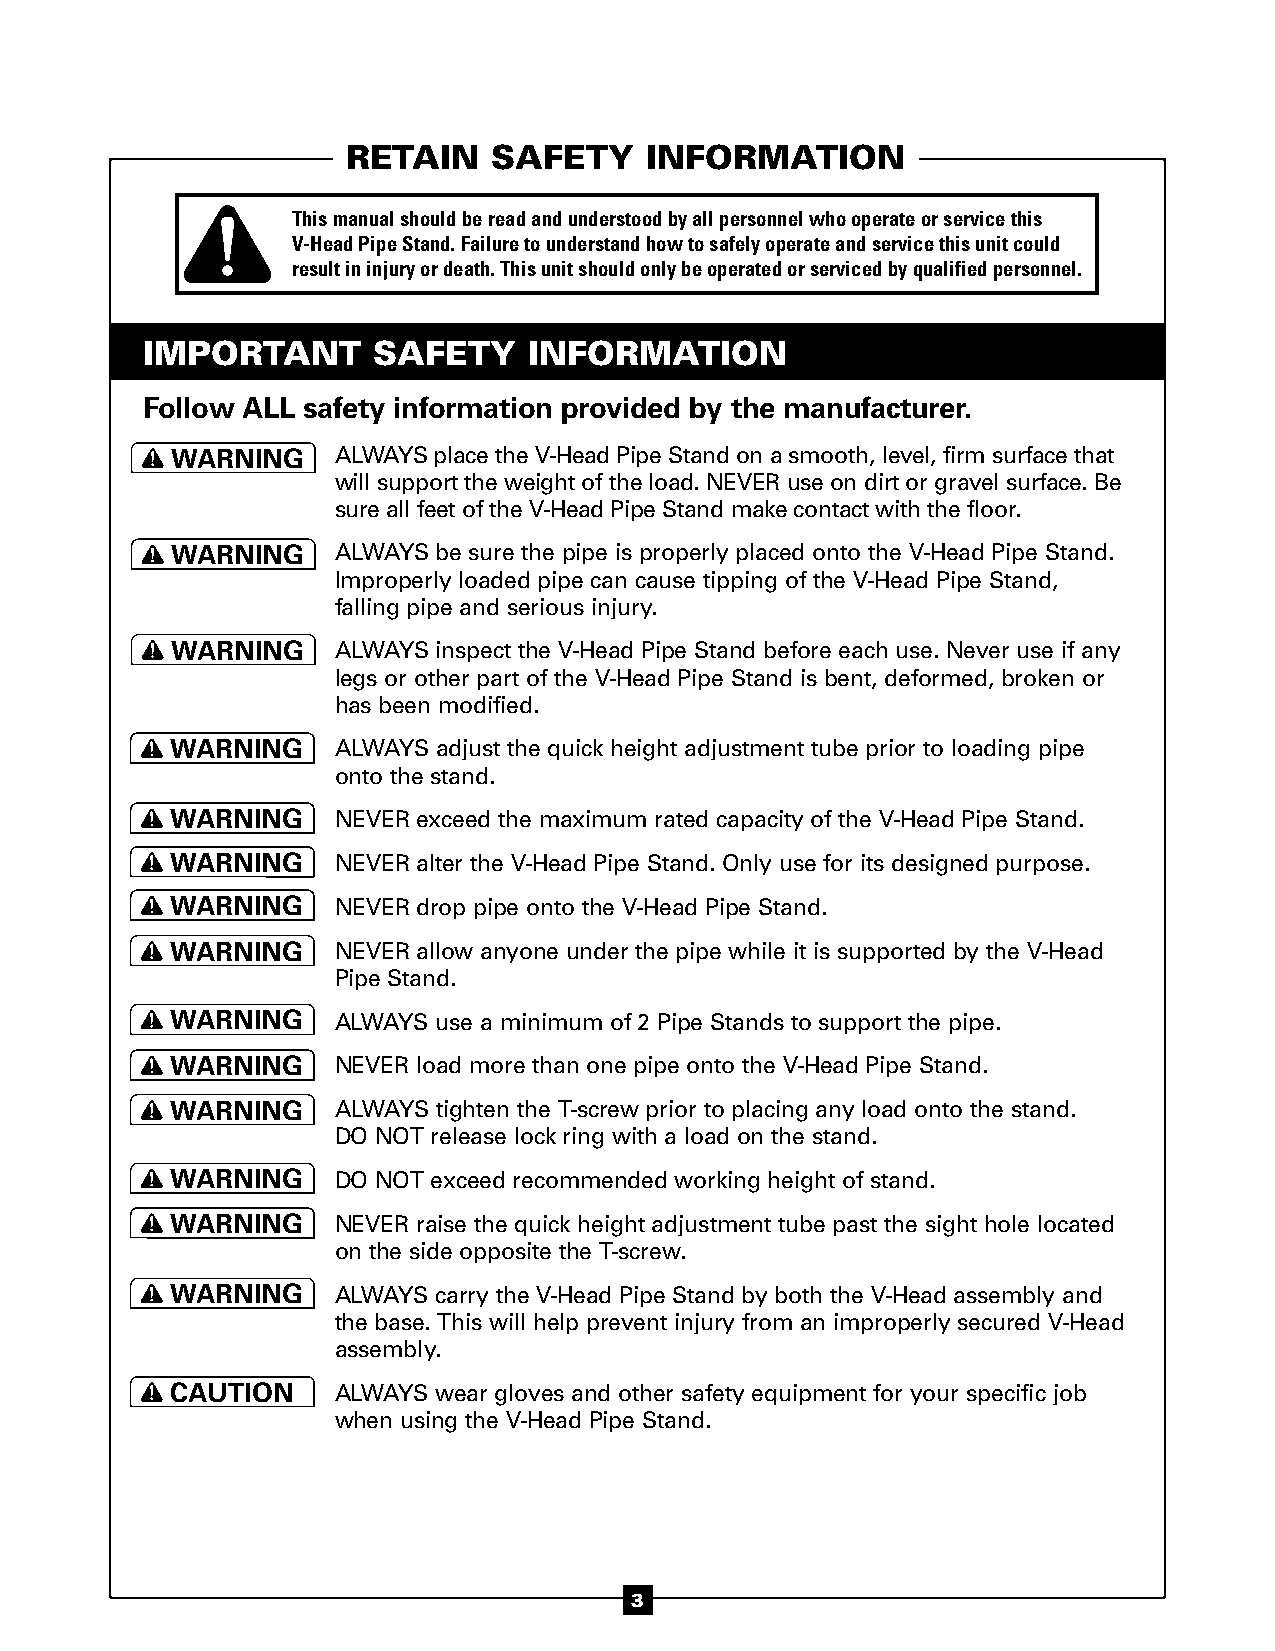
RETAIN    SAFETY    INFORMATION
 This manual should be read and understood by all personnel who operate or service this
 V-Head Pipe Stand. Failure to understand how to safely operate and service this unit could
 result in injury or death. This unit should only be operated or serviced by qualified personnel.
 IMPORTANT       SAFETY    INFORMATION
 DANGER
 Follow ALL safety information provided by the manufacturer.
 WARNING    ALWAYS place the V-Head Pipe Stand on a smooth, level, firm surface that
 DANGER
 will support the weight of the load. NEVER use on dirt or gravel surface. Be
 sure all feet of the V-Head Pipe Stand make contact with the floor.
 CAUTION
 WARNING    ALWAYS be sure the pipe is properly placed onto the V-Head Pipe Stand.
 DANGER
 Improperly loaded pipe can cause tipping of the V-Head Pipe Stand,
 falling pipe and serious injury.
 CAUTION
 WARNING    ALWAYS inspect the V-Head Pipe Stand before each use. Never use if any
 DANGER
 legs or other part of the V-Head Pipe Stand is bent, deformed, broken or
 has been modified.
 CAUTION
 DANGER
 WARNING    ALWAYS adjust the quick height adjustment tube prior to loading pipe
 DANGER     onto the stand.
 CWDAAA UNR TGN IEOINRNG NEVER exceed the maximum rated capacity of the V-Head Pipe Stand.
 W DAA NR GN EIN RG NEVER alter the V-Head Pipe Stand. Only use for its designed purpose.
 CAUTION
 WARNING    NEVER drop pipe onto the V-Head Pipe Stand.
 CDAAUNTGIEORN
 WARNING    NEVER allow anyone under the pipe while it is supported by the V-Head
 CDAAUNTGIEORN Pipe Stand.
 DCW AAA UNR TGN IEOIN RNG ALWAYS use a minimum of 2 Pipe Stands to support the pipe.
 WARNING    NEVER load more than one pipe onto the V-Head Pipe Stand.
 CDAAUNTGIEORN
 WARNING    ALWAYS tighten the T-screw prior to placing any load onto the stand.
 CDAAUNTGIEORN DO NOT release lock ring with a load on the stand.
 WARNING    DO NOT exceed recommended working height of stand.
 CAUTION
 DANGER
 DW AA NR GN EIN RG NEVER raise the quick height adjustment tube past the sight hole located
 on the side opposite the T-screw.
 CAUTION
 WARNING    ALWAYS carry the V-Head Pipe Stand by both the V-Head assembly and
 CAUTION
 WARNING
 the base. This will help prevent injury from an improperly secured V-Head
 assembly.
 CAUTION
 CAUTION    ALWAYS wear gloves and other safety equipment for your specific job
 when using the V-Head Pipe Stand.
 3